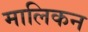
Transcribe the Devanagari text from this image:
मालिकन